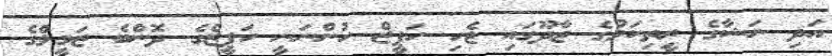
އަދި ނަޝާގެ ރީތިކަމުގެ ޖާދޫގައި ޖެހި ހަފީޒް ހުންނަނީ ހަފީޒްގެ ދޮންބެ ޒަމީލްގެ